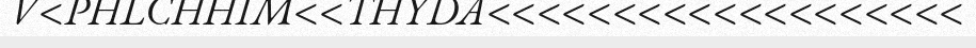
V<PHLCHHIM<<THYDA<<<<<<<<<<<<<<<<<<<